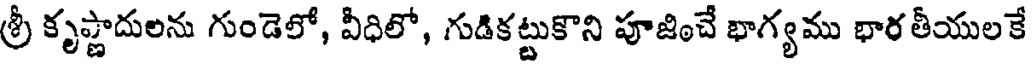
శ్రీ కృష్ణాదులను గుండెలో, వీధిలో, గుడికట్టుకొని పూజించే భాగ్యము భార తీయులకే